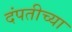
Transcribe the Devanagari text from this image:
दंपतीच्या